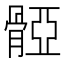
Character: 𩩤